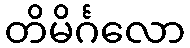
တိမိင်္ဂလော